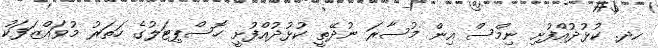
ހދ. ކުޅުދުއްފުށި ނިމްސް އިން މުސާރަ ނުދޭތީ ކުޅުދުއްފުށީ ހޮސްޕިޓަލުގެ ހަތަރު މުވައްޒަފަކު